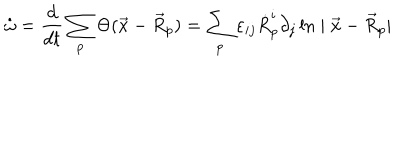
\dot { \omega } = \frac { d } { d t } \sum _ { p } \Theta ( \vec { x } - \vec { R } _ { p } ) = \sum _ { p } \varepsilon _ { i j } \dot { R } _ { p } ^ { i } \partial _ { j } \ln \mid \vec { x } - \vec { R } _ { p } \mid